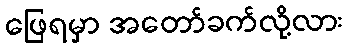
ဖြေရမှာ အတော်ခက်လို့လား